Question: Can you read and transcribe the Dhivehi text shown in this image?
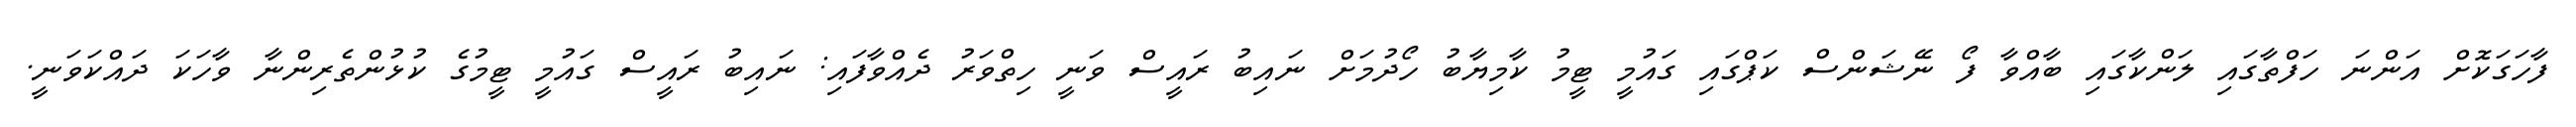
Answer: ފާހަގަކޮށް އަންނަ ހަފްތާގައި ލަންކާގައި ބާއްވާ ފޯ ނޭޝަންސް ކަޕްގައި ގައުމީ ޓީމު ކާމިޔާބު ހޯދުމަށް ނައިބު ރައީސް ވަނީ ހިތްވަރު ދެއްވާފައި: ނައިބު ރައީސް ގައުމީ ޓީމުގެ ކުޅުންތެރިންނާ ވާހަކަ ދައްކަވަނީ.